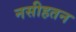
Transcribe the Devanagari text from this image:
नसीहतन